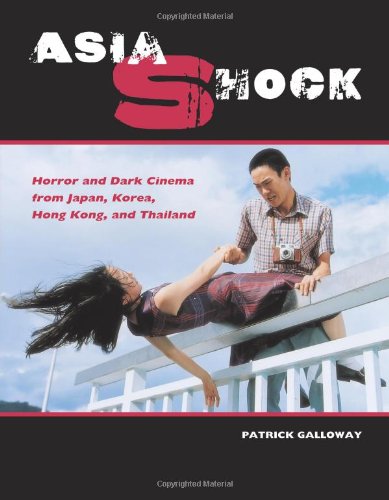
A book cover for Asia Shock: Horror and Dark Cinema from Japan, Korea, Hong Kong, and Thailand; Patrick Galloway; History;